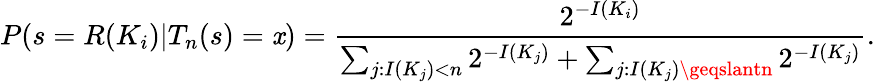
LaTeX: P(s=R(K_{i})|T_{n}(s)=\mathit{x})={\frac{{2^{-I(K_{i})}}}{{\sum_{j:I(K_{j})<n}2^{-I(K_{j})}+\sum_{j:I(K_{j})\geqslantn}2^{-I(K_{j})}}}}.